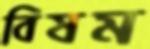
বিষম